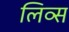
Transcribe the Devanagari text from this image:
लिव्स